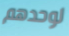
لوحدهم